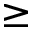
\geq